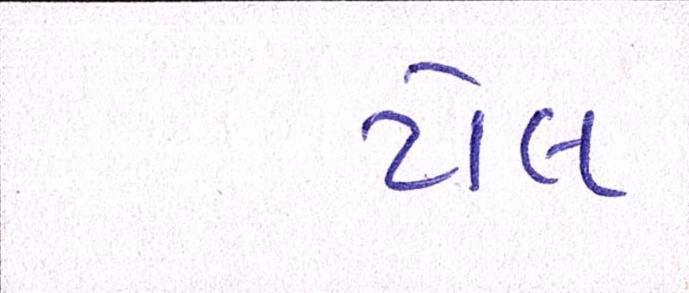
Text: ટોલ